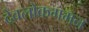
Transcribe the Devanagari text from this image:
देवलोकगमन